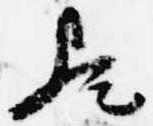
歟